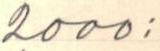
2000: